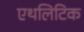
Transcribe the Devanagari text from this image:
एथलिटिक